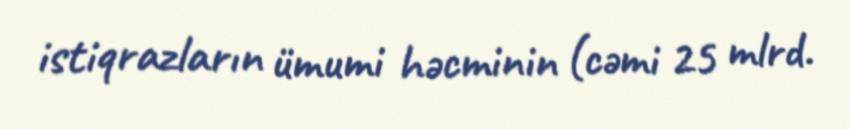
istiqrazların ümumi həcminin (cəmi 25 mlrd.